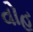
વોહ